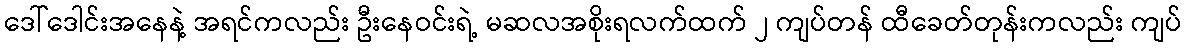
ဒေါ်ဒေါင်းအနေနဲ့ အရင်ကလည်း ဦးနေဝင်းရဲ့ မဆလအစိုးရလက်ထက် ၂ ကျပ်တန် ထီခေတ်တုန်းကလည်း ကျပ်